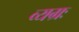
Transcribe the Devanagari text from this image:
व्यग्रः